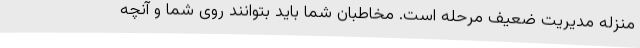
منزله مدیریت ضعیف مرحله است. مخاطبان شما باید بتوانند روی شما و آنچه